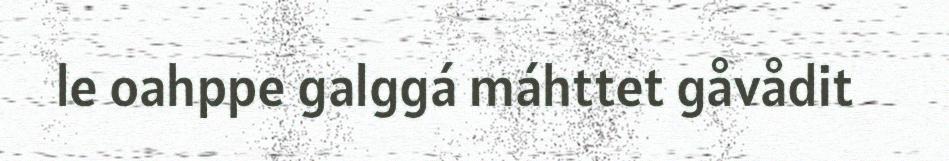
le oahppe galggá máhttet gåvådit